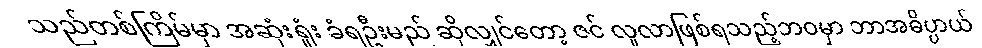
သည်တစ်ကြိမ်မှာ အဆုံးရှုံး ခံရဦးမည် ဆိုလျှင်တော့ ဇင် လူလာဖြစ်ရသည့်ဘဝမှာ ဘာအဓိပ္ပာယ်